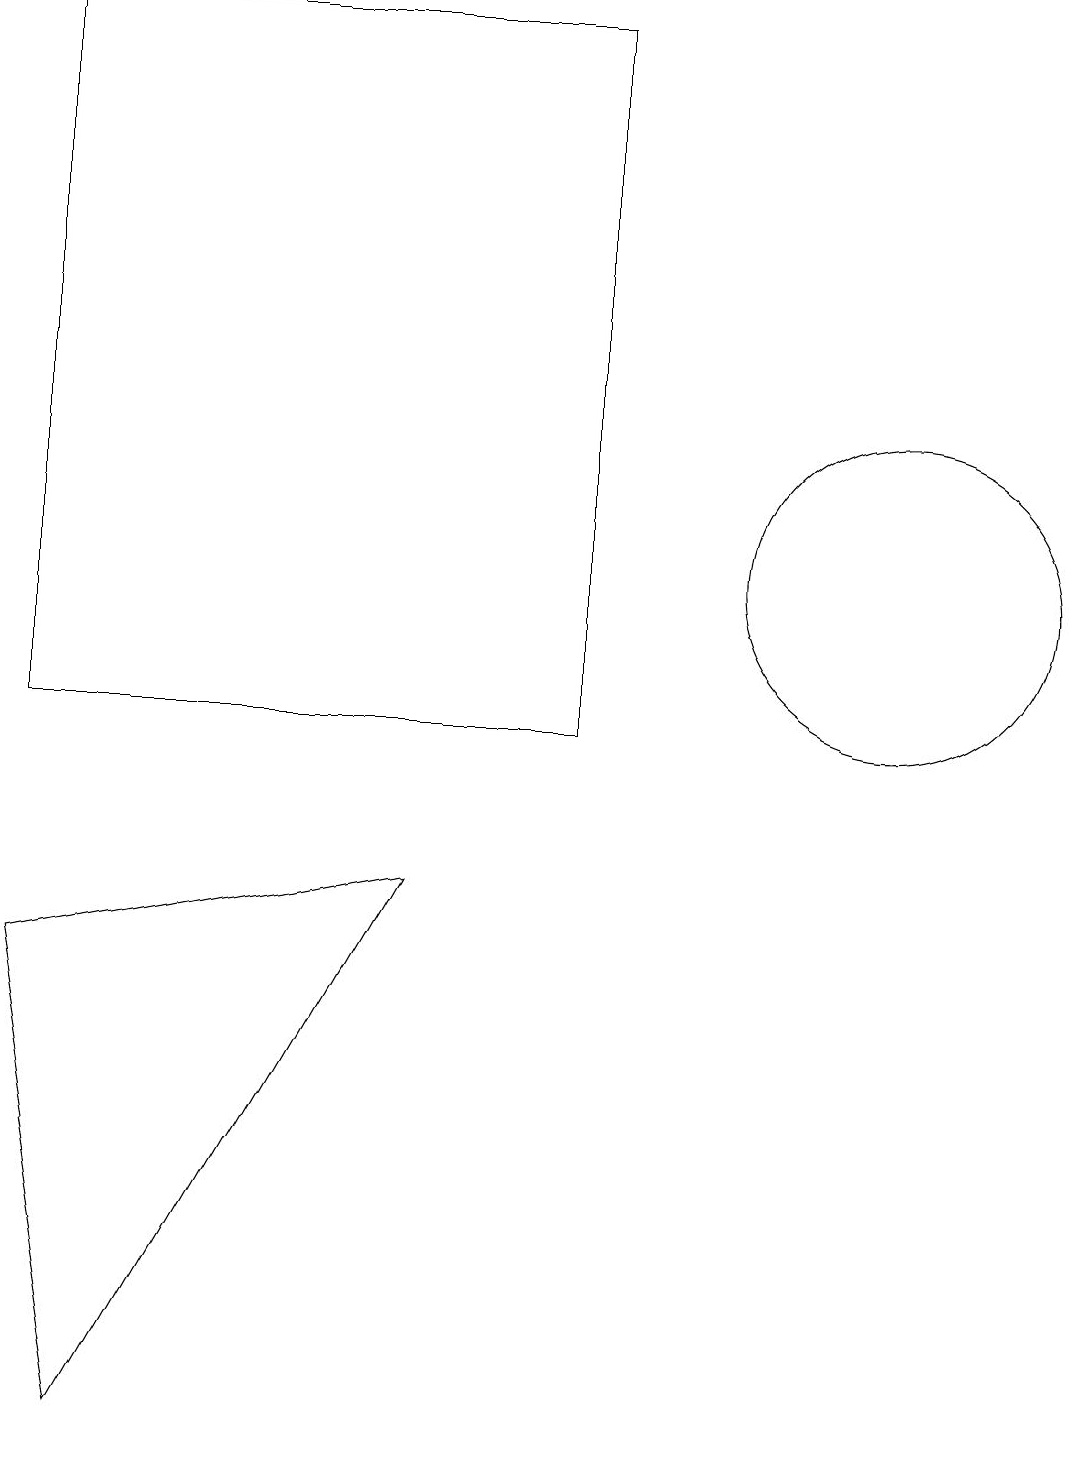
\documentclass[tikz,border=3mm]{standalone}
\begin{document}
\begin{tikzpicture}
\draw (10,11) circle (0);
\draw (1,10) rectangle (8,19);
\draw (12,12) circle (2);
\draw (2,1) -- (6,8) -- (1,7) -- cycle;
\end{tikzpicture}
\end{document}